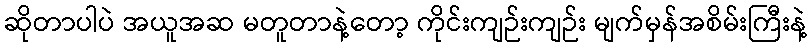
ဆိုတာပါပဲ အယူအဆ မတူတာနဲ့တော့ ကိုင်းကျဉ်းကျဉ်း မျက်မှန်အစိမ်းကြီးနဲ့